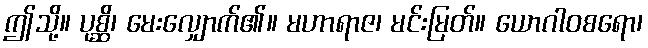
ဤသို့။ ပုစ္ဆိ၊ မေးလျှောက်၏။ မဟာရာဇ၊ မင်းမြတ်။ ယောဂါဝစရော၊